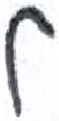
אות: ל